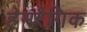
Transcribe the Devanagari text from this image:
हेमरैगिक